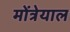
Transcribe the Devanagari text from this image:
मोंत्रेयाल